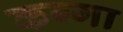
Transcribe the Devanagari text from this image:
कग्गा